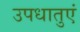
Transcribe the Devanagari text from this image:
उपधातुएं